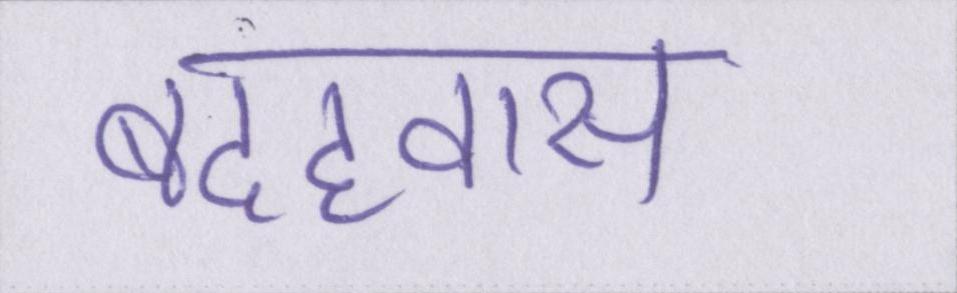
बदहवास